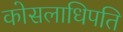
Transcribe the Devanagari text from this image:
कोसलाधिपति